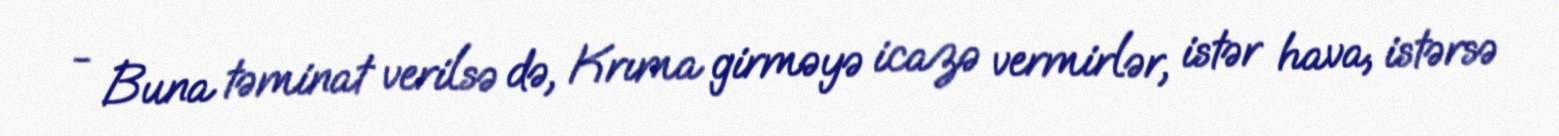
- Buna təminat verilsə də, Krıma girməyə icazə vermirlər, istər hava, istərsə